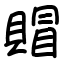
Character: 賵